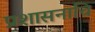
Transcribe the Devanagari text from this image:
प्रशासनाचि